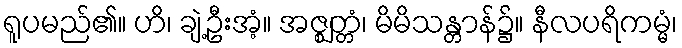
ရူပမည်၏။ ဟိ၊ ချဲ့ဦးအံ့။ အဇ္ဈတ္တံ၊ မိမိသန္တာန်၌။ နီလပရိကမ္မံ၊